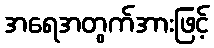
အရေအတွက်အားဖြင့်